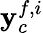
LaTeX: {\mathbf y}_{c}^{f,i}